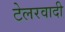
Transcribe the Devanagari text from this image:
टेलरवादी